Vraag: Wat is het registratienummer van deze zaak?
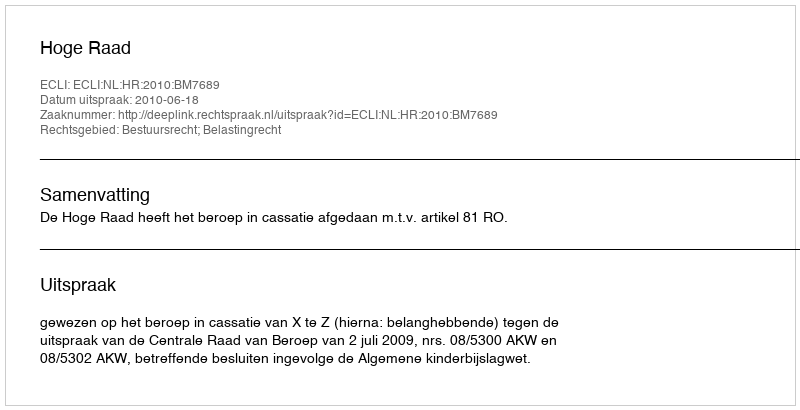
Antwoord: http://deeplink.rechtspraak.nl/uitspraak?id=ECLI:NL:HR:2010:BM7689